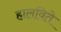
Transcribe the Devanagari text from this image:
हालविते